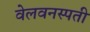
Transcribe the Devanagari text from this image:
वेलवनस्पती